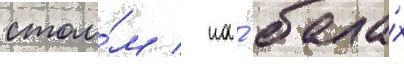
столо́м / на́ бала́х